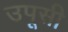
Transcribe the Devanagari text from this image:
उपूसी